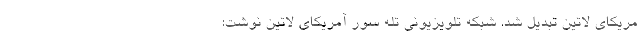
مریکای لاتین تبدیل شد. شبکه تلویزیونی تله سور آمریکای لاتین نوشت: